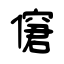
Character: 僒